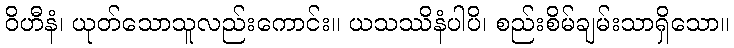
ဝိဟီနံ၊ ယုတ်သောသူလည်းကောင်း။ ယသဿိနံပါပိ၊ စည်းစိမ်ချမ်းသာရှိသော။